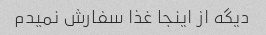
دیگه از اینجا غذا سفارش نمیدم